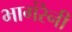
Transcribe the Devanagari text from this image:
भागंरेनी